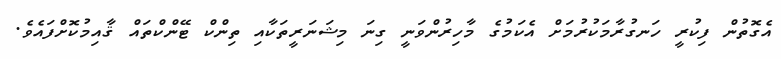
އެގޮތުން ފިކުރީ ހަނގުރާމަކުރުމަށް އެކަމުގެ މާހިރުންވަނީ ގިނަ މިޝަނަރީތަކާއި ތިންކް ޓޭންކްތައް ޤާއިމުކޮށްފައެވެ.